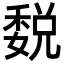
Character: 𥡉